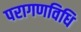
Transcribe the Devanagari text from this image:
परागणविधि